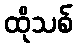
ထိုသစ်